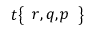
t { \left\{ \begin{array} { l } { r , q , p } \end{array} \right\} }